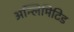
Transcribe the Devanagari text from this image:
अन्लिमिटिड